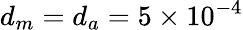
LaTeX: d_{m}=d_{a}=5\times 10^{-4}